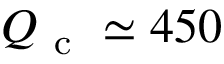
\ensuremath { Q _ { \mathrm { ~ c ~ } } } \simeq 4 5 0